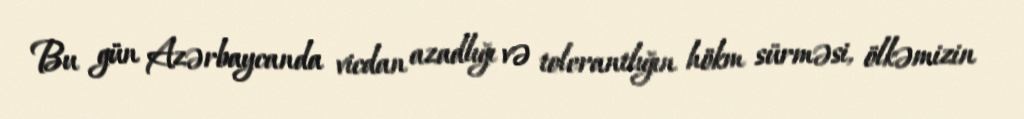
Bu gün Azərbaycanda vicdan azadlığı və tolerantlığın hökm sürməsi, ölkəmizin